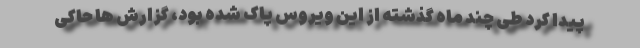
پیدا کرد طی چند ماه گذشته از این ویروس پاک شده بود، گزارش ها حاکی